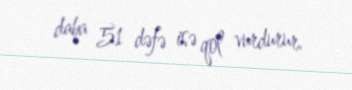
daha 51 dəfə isə qol vurdurur.